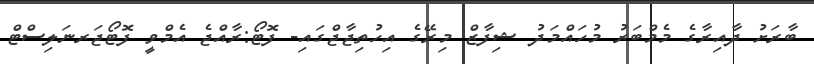
ބާރަށު ދާއިރާގެ މެމްބަރު މުހައްމަދު ޝިފާޒް މިރޭގެ އިހުތިޖާޖްގައި- ފޮޓޯ:ރާއްޖެ އެމްވީ ފޮޓޯޖަރނަލިސްޓް